Vabadussoja_Ajaloo_Komitee, lk 7
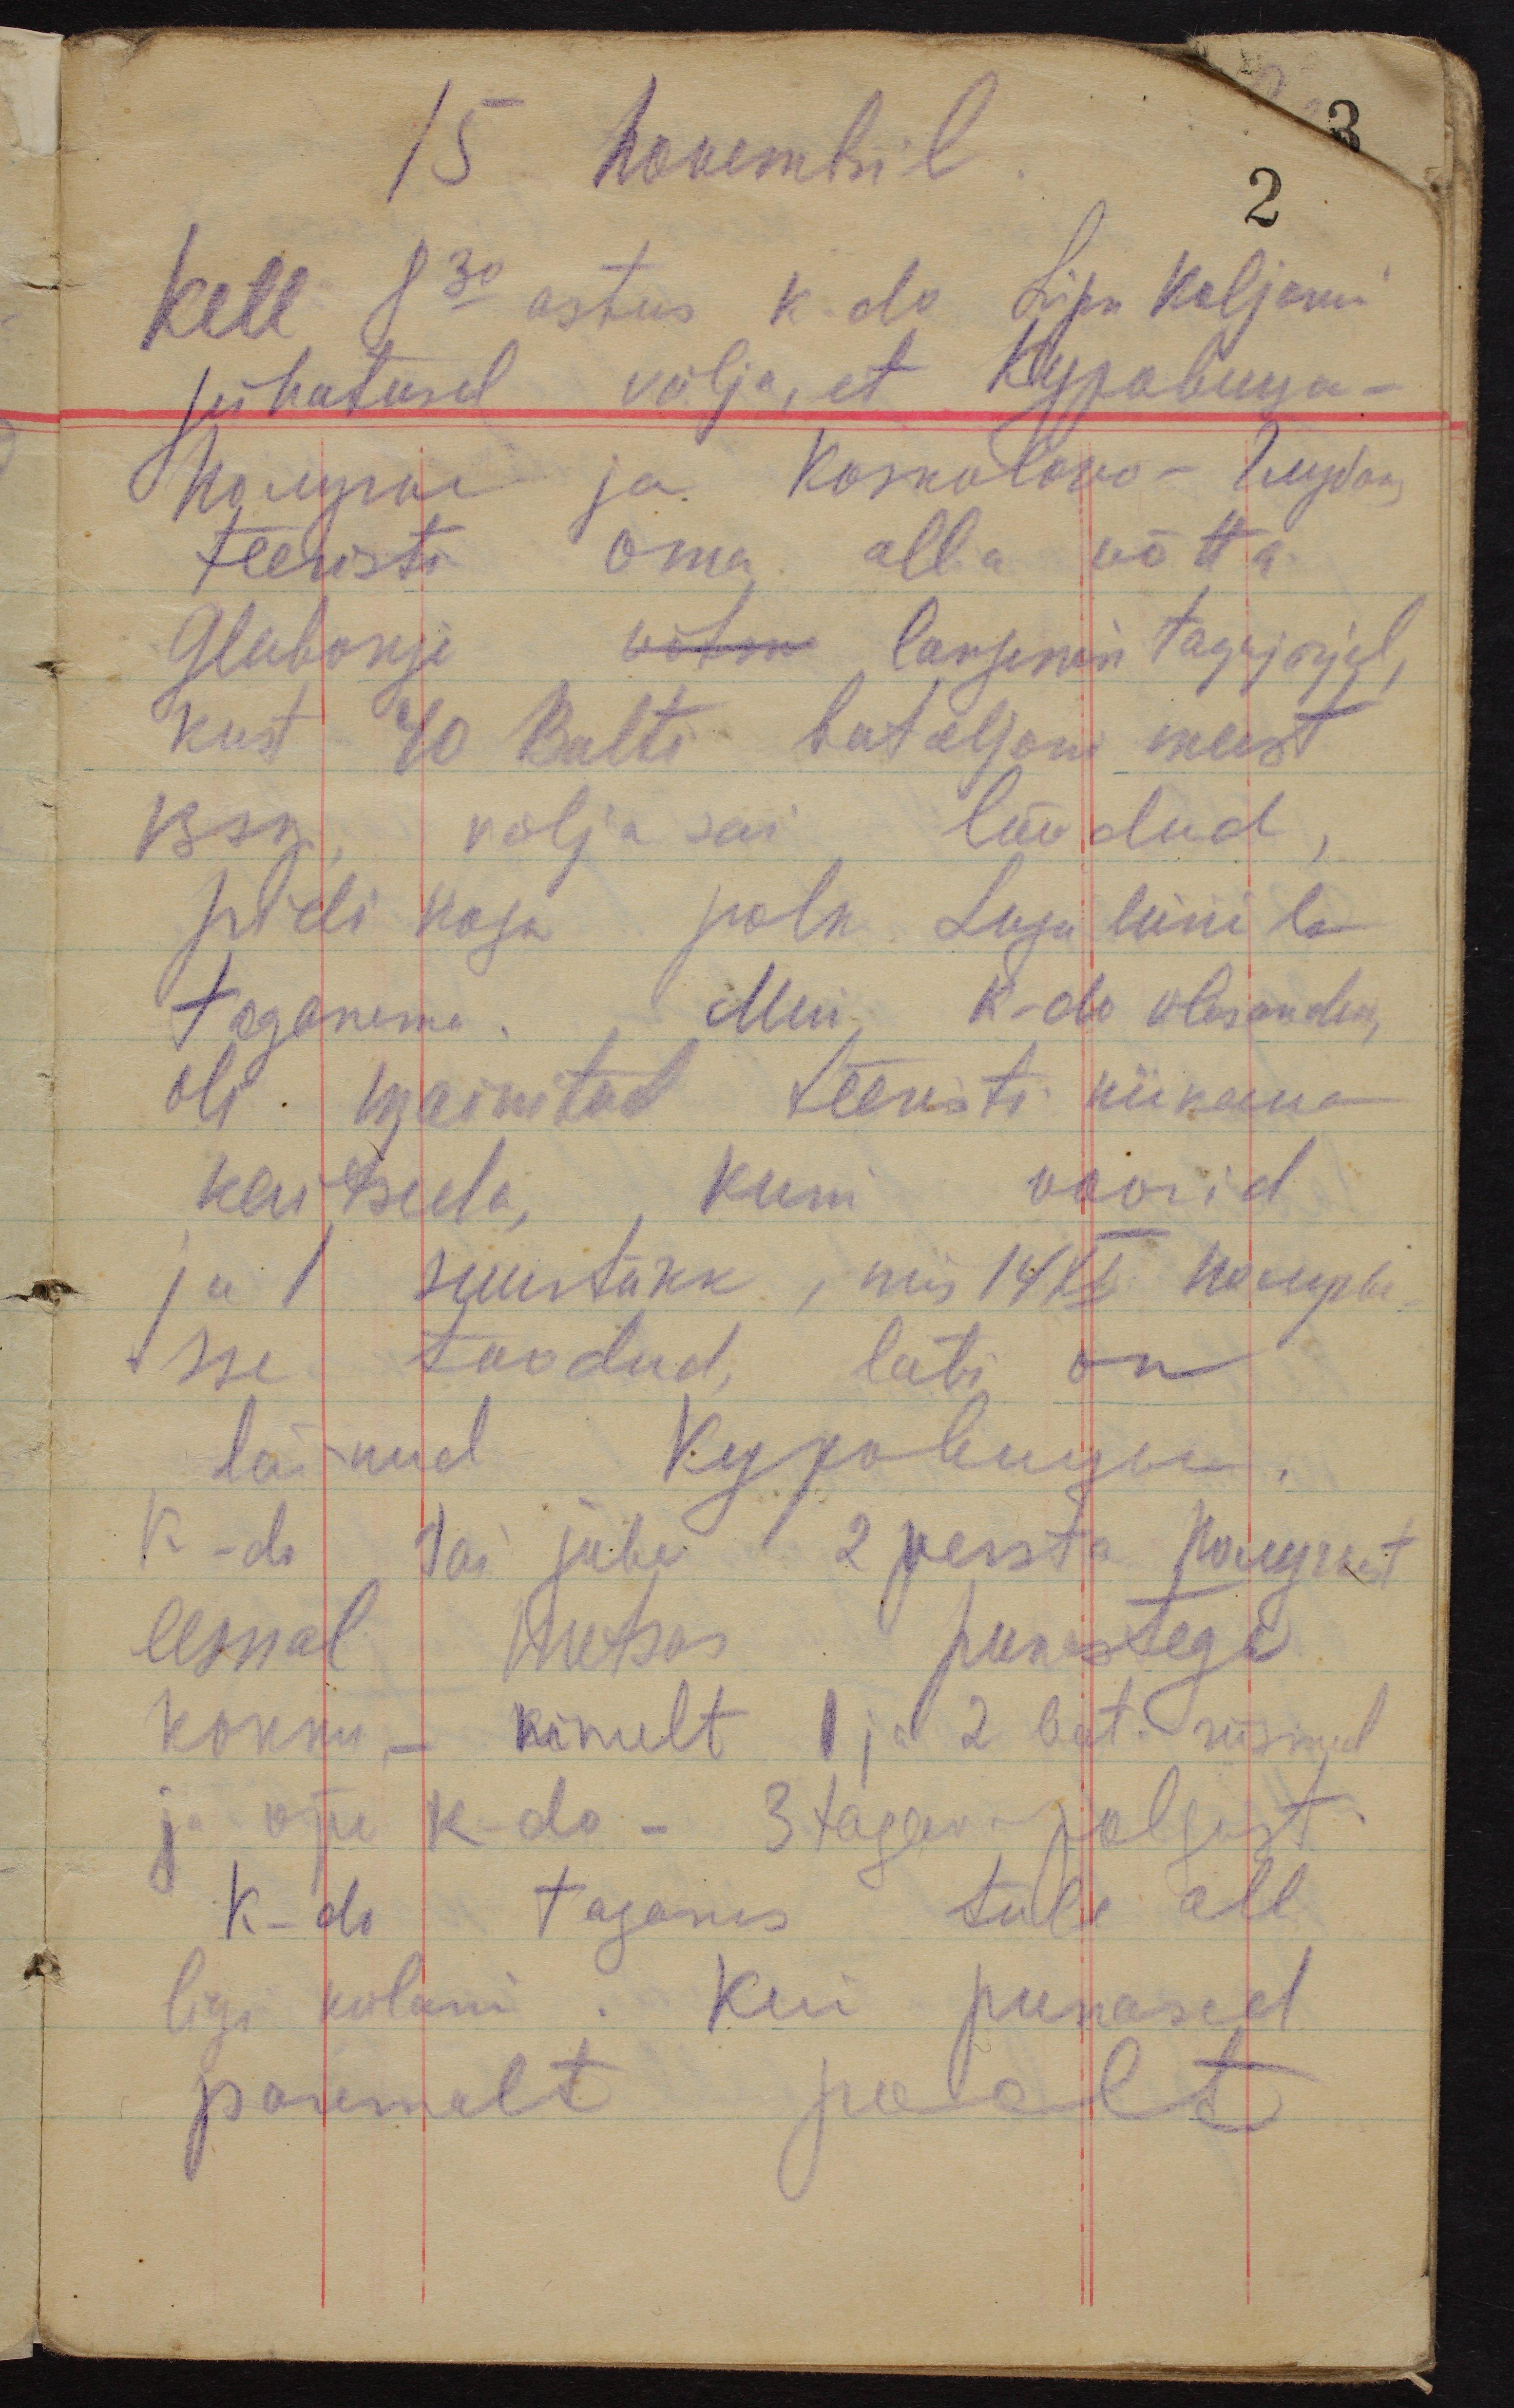
15 Novembril
Kell 8 30 astus k-do Lipn Kalmani
juhatusel välja, et Куровицы-
Полуга ja Koskolovo - Глубои-
teeristi oma alla võtta.
Glubokje võtm langemise tagajärjel,
kust 40 Balti bataljoni meest
isegi välja sai löödud,
pidi kogu polk Luga liinile
taganema. Meie k-do ulesandeks
oli mainitud teeristi niikaua
kaitseda, kuni voorid
ja 1 suurtükk, mis 14 XI Полугы
sse toodud, läbi on
läinud Куровицы
K -do, sai juba 1/2 versta Полугыst
eemal metsas punastega
kokku - nimelt 1 ja 2 bat. riismed
ja õpe k-do - 3 tagav. polgust.
K-do taganes tule all
ligi külani. Kui punased
paremalt poolt